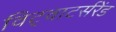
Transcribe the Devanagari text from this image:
विट्वाटर्सरेंड